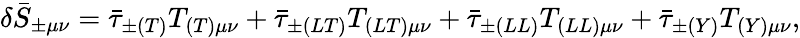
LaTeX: \delta\bar{S}_{\pm\mu\nu}=\bar{\tau}_{\pm(T)}T_{(T)\mu\nu}+\bar{\tau}_{\pm(LT)}T_{(LT)\mu\nu}+\bar{\tau}_{\pm(LL)}T_{(LL)\mu\nu}+\bar{\tau}_{\pm(Y)}T_{(Y)\mu\nu},